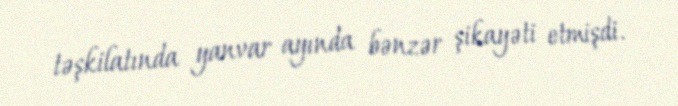
təşkilatında yanvar ayında bənzər şikayəti etmişdi.